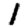
Digit: 1